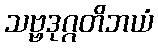
သဗ္ဗဒုဂ္ဂတိဘယံ